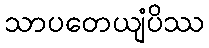
သာပတေယျံပိဿ